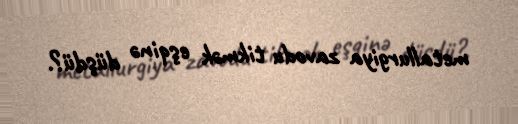
metallurgiya zavodu tikmək eşqinə düşdü?.